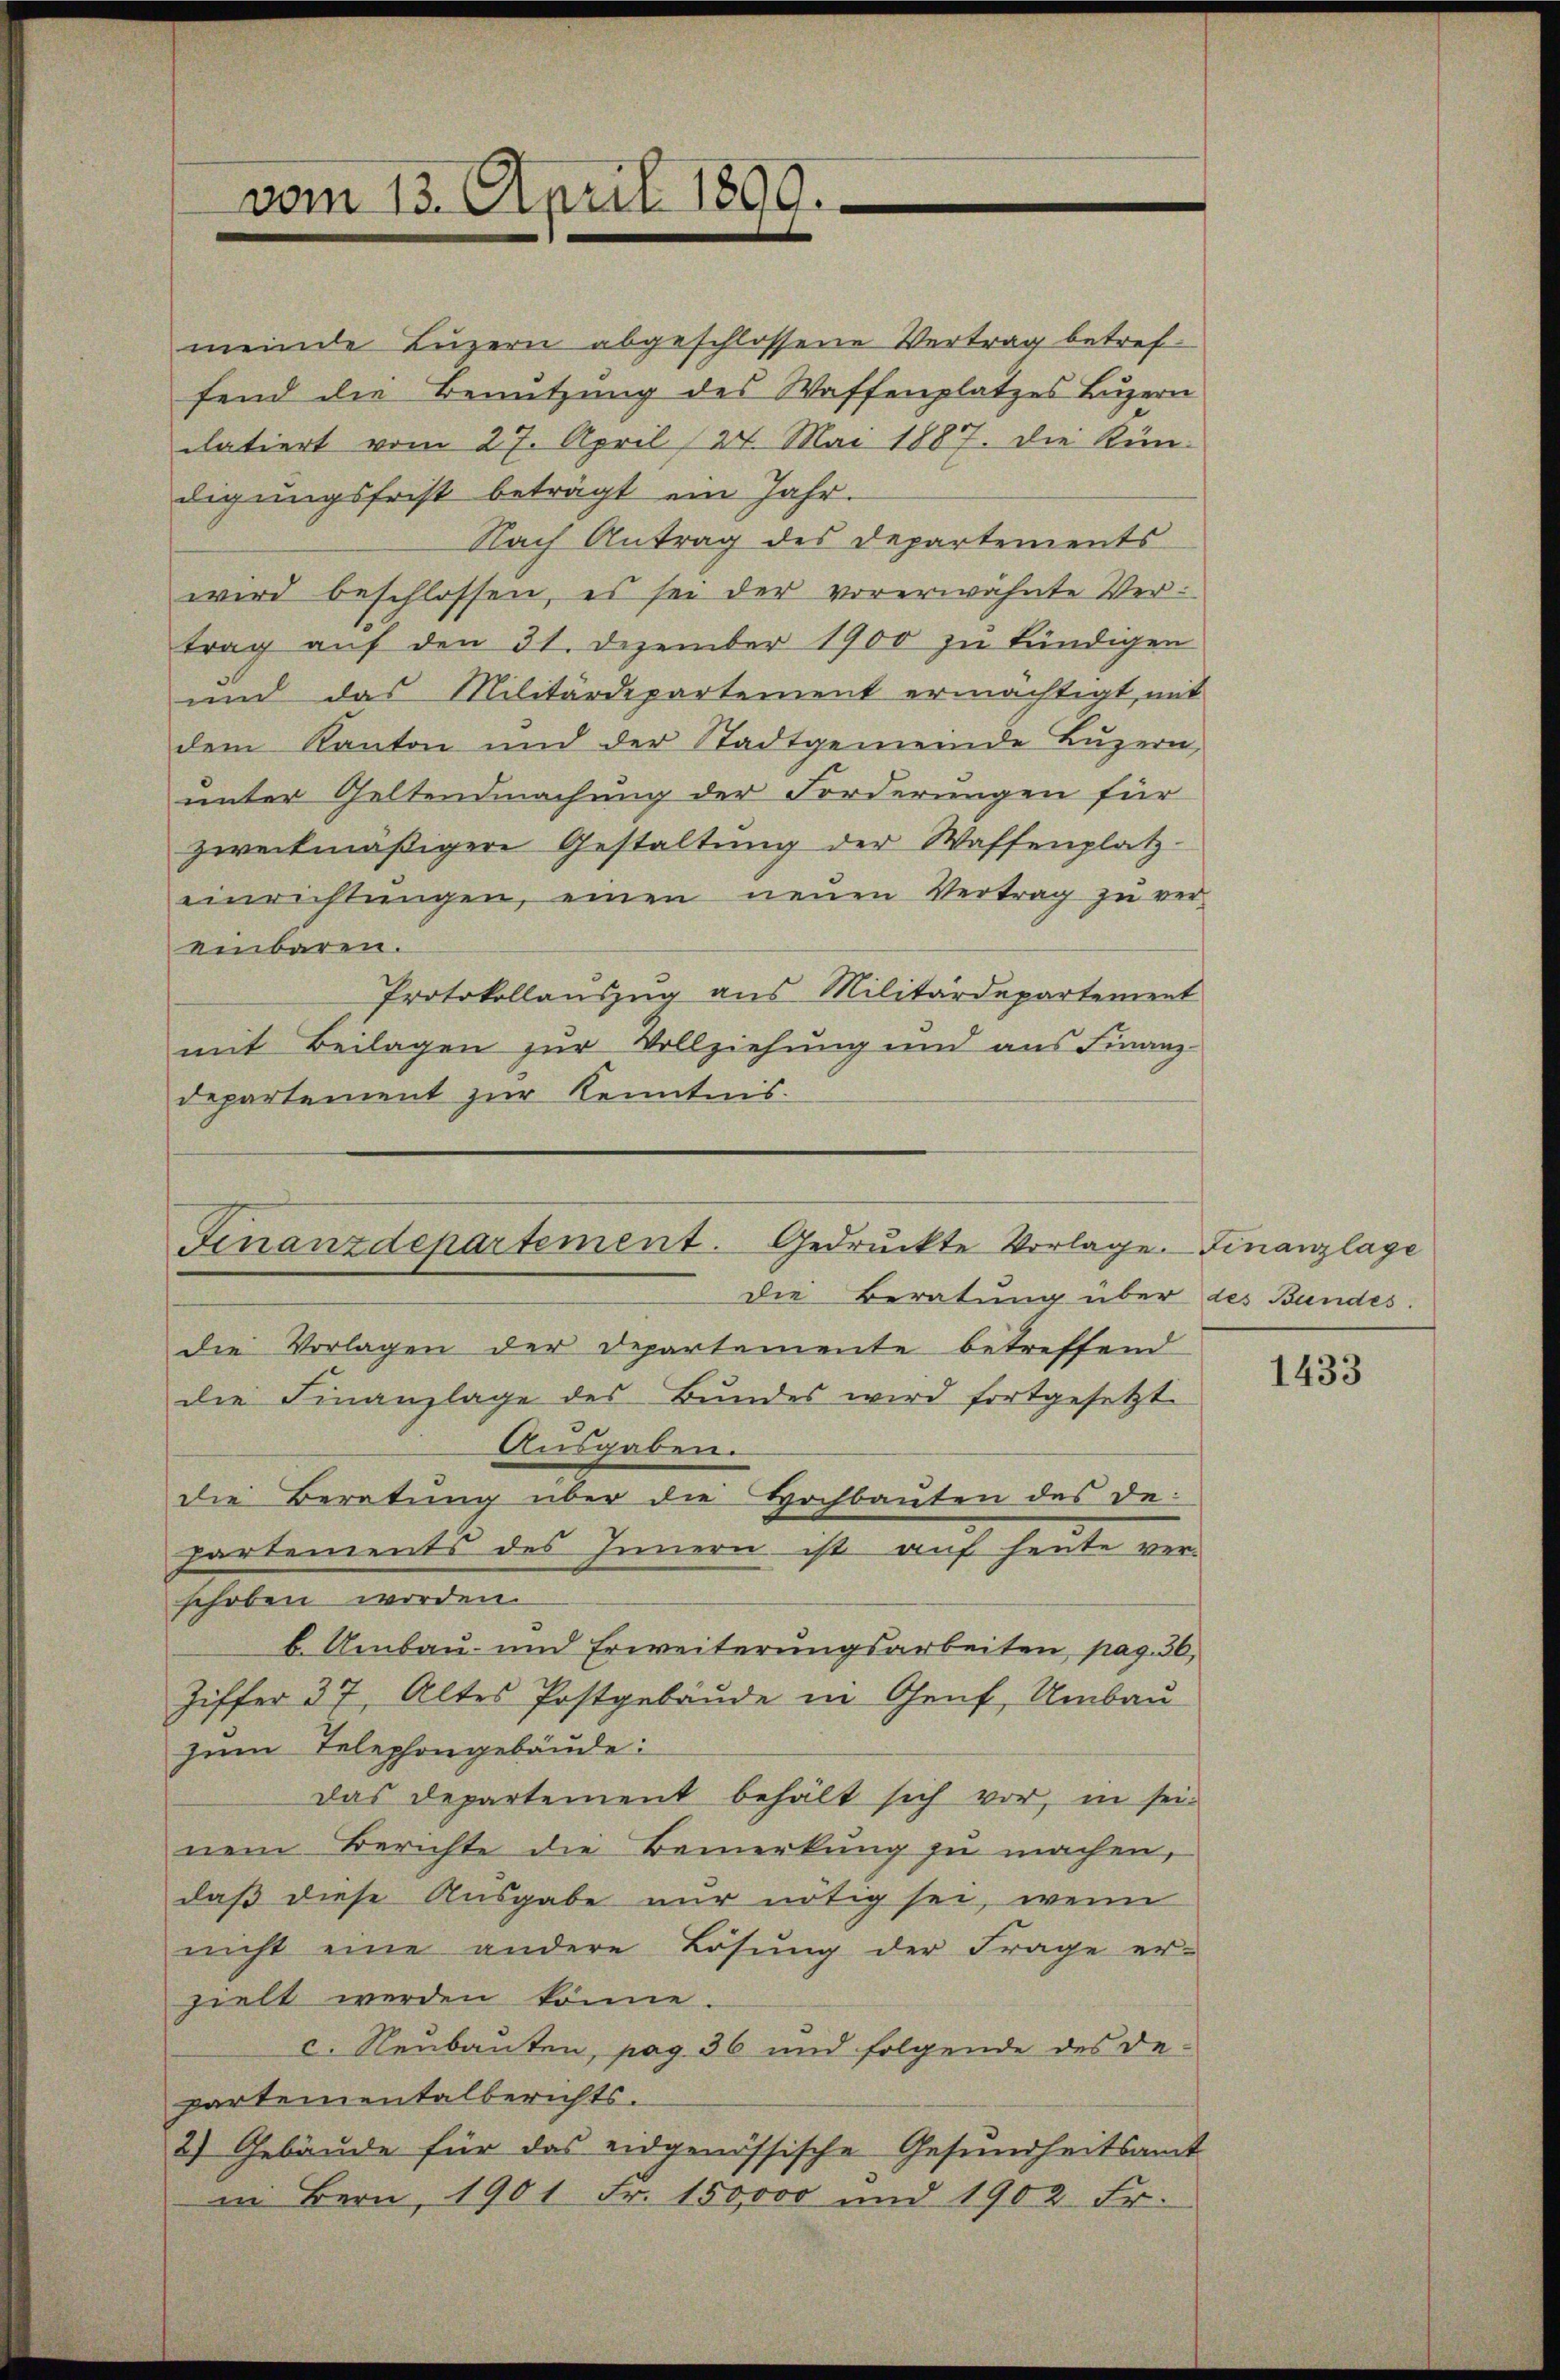
vom 13. April 1899.

meinde Luzern abgeschlossene Vertrag betreffend die Benutzung des Waffenplatzes Luzern
datiert vom 27. April 24. Mai 1887. Die Kün-
digungsfrist beträgt ein Jahr.
Nach Antrag des Departements
wird beschlossen, es sei der vorerwähnte Vertrag aŭf den 31. Dezember 1900 zŭ kündigen
und das Militärdepartement ermächtigt, mit
dem Kanton und der Stadtgemeinde Luzern,
unter Geltendmachung der Forderungen für
zweckmäßigere Gestaltung der Waffenplatz-
einrichtŭngen, einen neŭen Vertrag zŭ ver-
einbaren.
Protokollauszug aus Militärdepartement
mit Beilagen zur Vollziehung und aus Finanz-
departement zur Kenntnis.

Finanzdepartement. Gedruckte Vorlage. Finanzlage
Die Beratung über
die Vorlagen der Departemente betreffend
die Finanzlage des Bundes wird fortgesetzt
Ausgaben.
die Beratung über die Hochbauten des de

sehoben worden.
b. Umbau und Erweiterungsarbeiten, pag. 36,
Ziffer 37, Altes Postgebäude in Genf, Umbau-
zum Telephongebäude:
das Departement behält sich vor, in sei-
nem Berichte die Bemerkung zu machen,
daß diese Ausgabe nur nötig sei, wenn
nicht eine andere Lösung der Frage er-
zielt werden könne.
c. Neubauten, pag. 36 und folgende des De-
partementalberichts.
2) Gebäude für das eidgenössische Gesundheitsamt
in Bern, 1901 Fr. 150,000 und 1902 Fr.

partements des Innern ist auf heute ver-

des Bundes.

1433